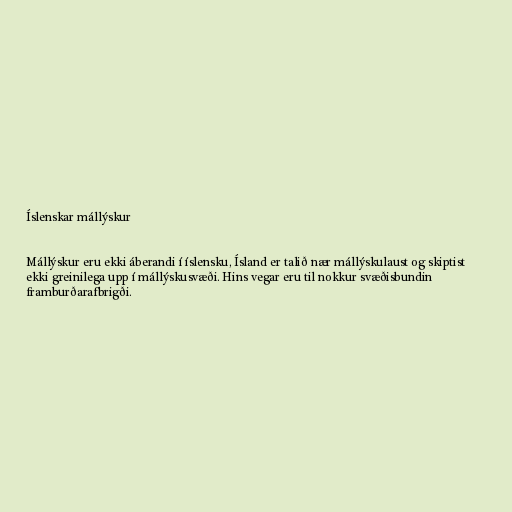
Íslenskar mállýskur

Mállýskur eru ekki áberandi í íslensku, Ísland er talið nær mállýskulaust og skiptist
ekki greinilega upp í mállýskusvæði. Hins vegar eru til nokkur svæðisbundin
framburðarafbrigði.